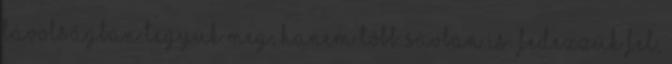
távolságban tegyük meg, hanem több sávban is. Fedezzük fel,